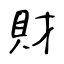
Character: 財